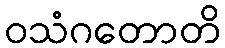
ဝသံဂတောတိ